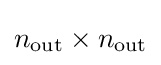
n_{\mathrm {out} }\times n_{\mathrm {out} }